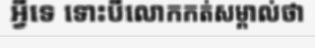
អ្វីទេ ទោះបីលោកកត់សម្គាល់ថា